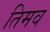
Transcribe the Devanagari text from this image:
तिमव